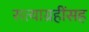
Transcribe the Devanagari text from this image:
सत्याग्रहींसह